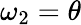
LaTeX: \omega_{2}=\theta